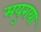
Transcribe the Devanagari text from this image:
मयुराया